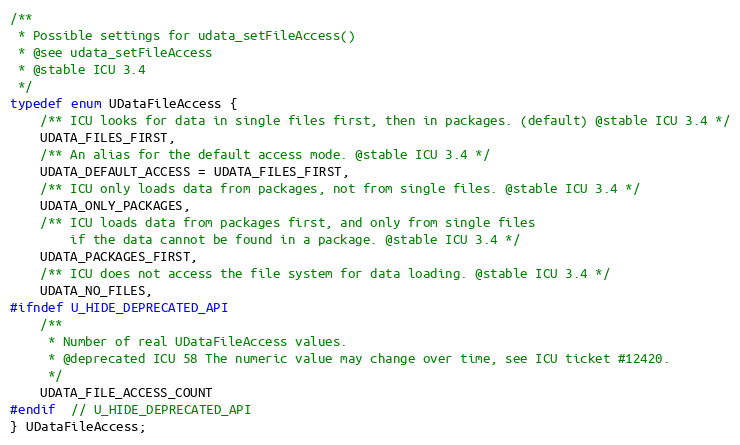
Language: C
/**
 * Possible settings for udata_setFileAccess()
 * @see udata_setFileAccess
 * @stable ICU 3.4
 */
typedef enum UDataFileAccess {
    /** ICU looks for data in single files first, then in packages. (default) @stable ICU 3.4 */
    UDATA_FILES_FIRST,
    /** An alias for the default access mode. @stable ICU 3.4 */
    UDATA_DEFAULT_ACCESS = UDATA_FILES_FIRST,
    /** ICU only loads data from packages, not from single files. @stable ICU 3.4 */
    UDATA_ONLY_PACKAGES,
    /** ICU loads data from packages first, and only from single files
        if the data cannot be found in a package. @stable ICU 3.4 */
    UDATA_PACKAGES_FIRST,
    /** ICU does not access the file system for data loading. @stable ICU 3.4 */
    UDATA_NO_FILES,
#ifndef U_HIDE_DEPRECATED_API
    /**
     * Number of real UDataFileAccess values.
     * @deprecated ICU 58 The numeric value may change over time, see ICU ticket #12420.
     */
    UDATA_FILE_ACCESS_COUNT
#endif  // U_HIDE_DEPRECATED_API
} UDataFileAccess;